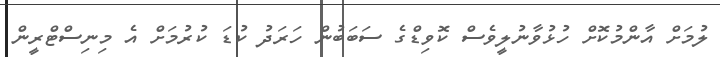
ލުމަށް އާންމުކޮށް ހުޅުވާނުލީވެސް ކޮވިޑްގެ ސަބަބުން ހަރަދު ކުޑަ ކުރުމަށް އެ މިނިސްޓްރީން